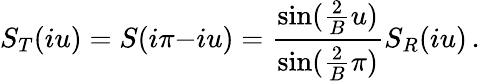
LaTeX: S_{T}(iu)=S(i\pi{-}iu)=\frac{\sin(\frac{2}{B}u)}{\sin(\frac{2}{B}\pi)}S_{R}(iu)\, .